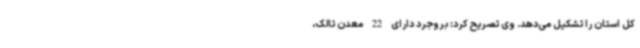
کل استان را تشکیل می‌دهد. وی تصریح کرد: بروجرد دارای 22 معدن تالک،